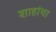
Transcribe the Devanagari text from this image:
शाहांचा